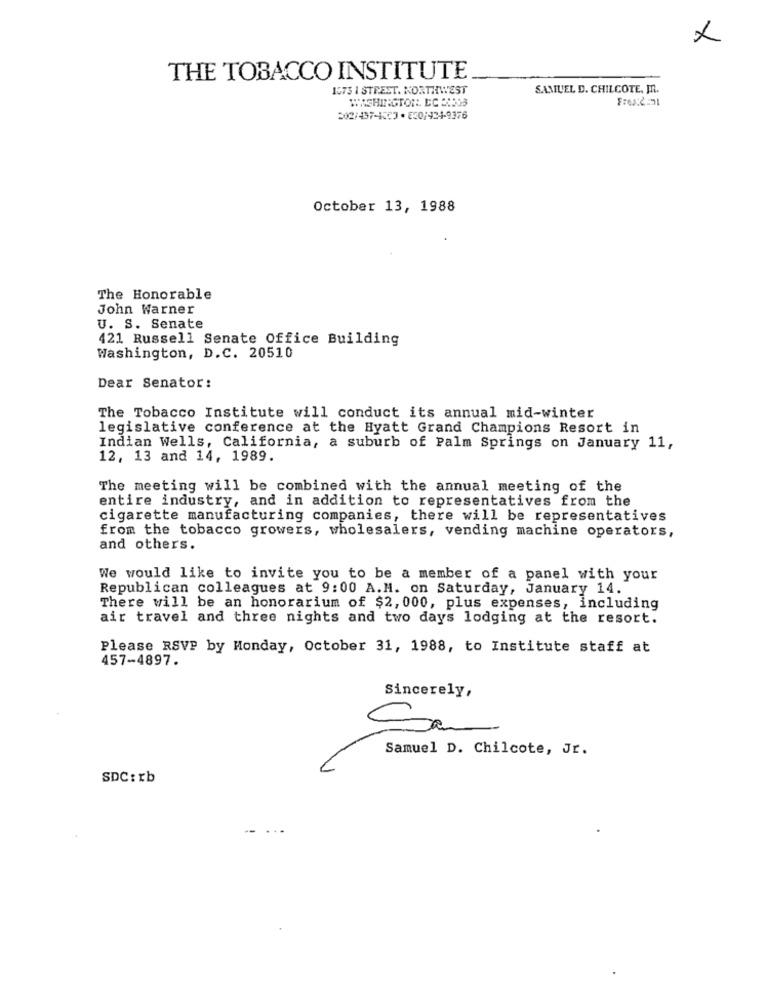
THE TOBACCO INSTITUTE
1673 1 STREST. NORTHWEST
SAMUEL D. CHILCOTE, M.
WASHINGTON, DC 2:003
October 13, 1988
The Honorable
John Warner
U. S. Senate
421 Russell Senate Office Building
Washington, D.C. 20510
Dear Senator:
The Tobacco Institute will conduct its annual mid-winter
legislative conference at the Hyatt Grand Champions Resort in
Indian Wells, California, a suburb of Palm Springs on January 11,
12, 13 and 14, 1989.
The meeting will be combined with the annual meeting of the
entire industry, and in addition to representatives from the
cigarette manufacturing companies, there will be representatives
from the tobacco growers, wholesalers, vending machine operators,
and others.
We would like to invite you to be a member of a panel with your
Republican colleagues at 9:00 A.H. on Saturday, January 14.
There will be an honorarium of $2, 000, plus expenses, including
air travel and three nights and two days lodging at the resort.
Please RSVP by Monday, October 31, 1988, to Institute staff at
457-4897.
Sincerely,
Sam
Samuel D. Chilcote, Jr.
SDC: rb